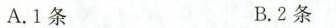
A.1条 B.2条